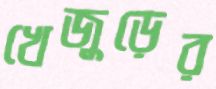
খেজুড়ের